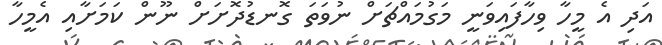
އަދި އެ މީހާ ވިހާފައިވަނީ މަގުމައްޗަށް ނުވަތަ ގޮނޑުދޮށަށް ނޫން ކަމަށާއި އެމީހާ